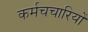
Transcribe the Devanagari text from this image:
कर्मचचारियों